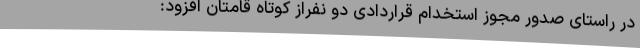
در راستای صدور مجوز استخدام قراردادی دو نفراز کوتاه قامتان افزود: